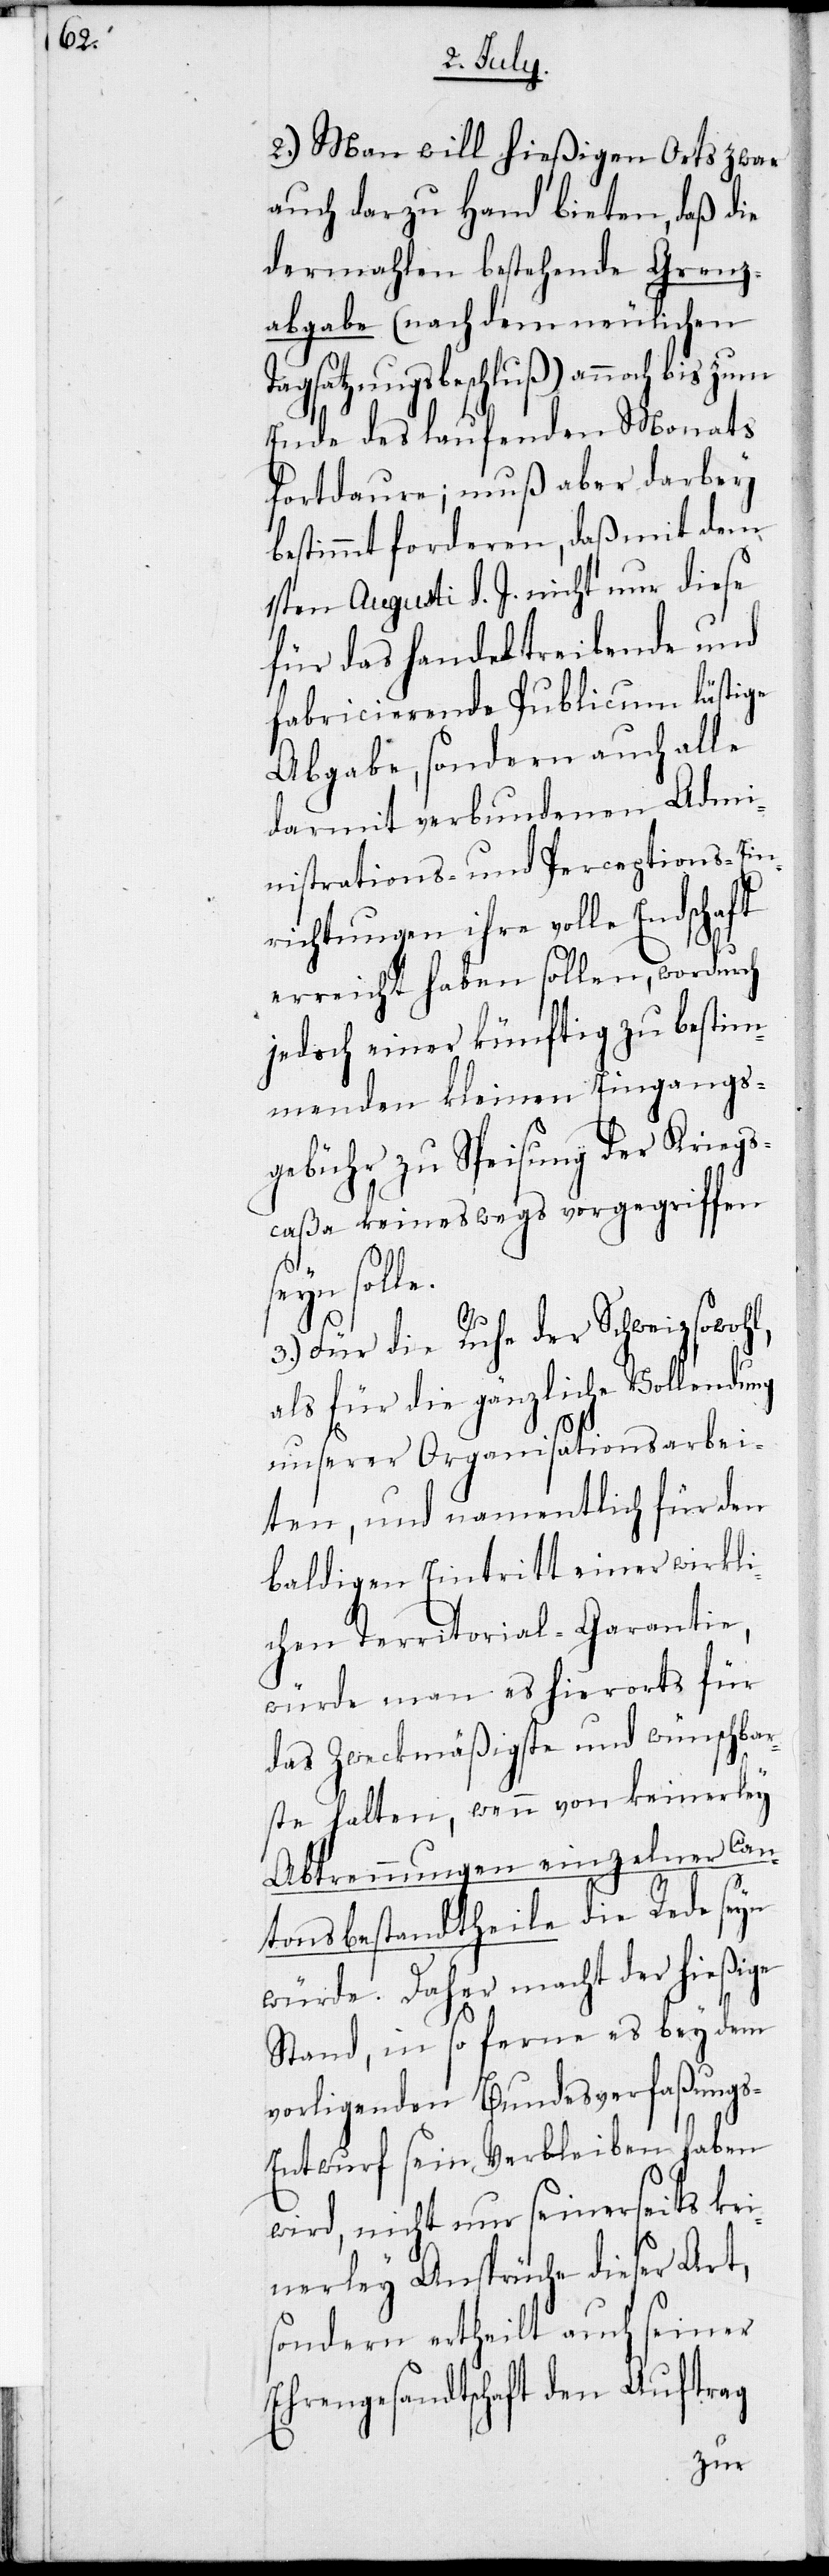
2.) Man will hießigen Orts zwar
auch darzu Hand bieten, daß die
dermahlen bestehende Grenz¬
abgabe (nachdem neulichen
agsatzungsbeschluß) annoch bis
Ende des laufenden Monats
fortdaure; muß aber darbey
bestimmt forderen, daß mit dem
1sten Augusti d. J. nicht nur diese
für das handeltreibende und
fabricierende Publicum lästige
Abgabe, sondern auch alle
darmit verbundenen Admi¬
nistrations- und Perceptions-Ein¬
richtungen ihre volle Endschaft
erreicht haben sollen, wordurch
jedoch einer künftig zu bestim¬
menden kleinen Eingangs¬
gebühr zu Speisung der Kriegs¬
caßa keineswegs vorgegriffen
solle.
T¬
3.) Für die Ruhe der Schweiz sowohl,
als für die gänzliche Vollendung
unserer Organisationsarbei¬
ten, und namentlich für den
baldigen Eintritt einer wirkli¬
chen Territorial-Garantie,
würde man es hierorts für
das Zweckmäßigste und wünschba¬
r halten, wenn von keinerley
Abtrennungen einzelner Can¬
tonsbestandtheile die Rede seyn
würde. Daher macht der hießige
Stand, in so ferne es bey dem
vorligenden Bundesverfaßung¬
s-Entwurf sein Verbleiben haben
wird, nicht nur seinerseits kei¬
nerley Ansprüche dieser Art,
sondern ertheilt auch seiner
Ehrengesandtschaft den Auftrag
zum